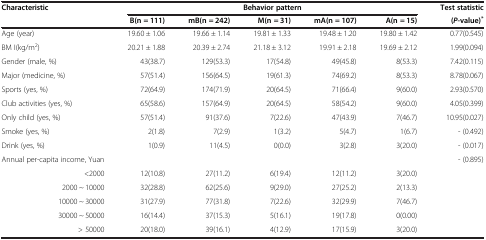
<table><thead><tr><td><b>Characteristic</b></td><td colspan="5"><b>Behavior pattern</b></td><td><b>Test statistic</b></td></tr><tr><td><b> </b></td><td><b>B(n = 111)</b></td><td><b>mB(n = 242)</b></td><td><b>M(n = 31)</b></td><td><b>mA(n = 107)</b></td><td><b>A(n = 15)</b></td><td><b>( <i>P </i>-value)<sup>*</sup></b></td></tr></thead><tbody><tr><td>Age (year)</td><td>19.60 ± 1.06</td><td>19.66 ± 1.14</td><td>19.81 ± 1.33</td><td>19.48 ± 1.20</td><td>19.80 ± 1.42</td><td>0.77(0.545)</td></tr><tr><td>BM I(kg/m<sup>2</sup>)</td><td>20.21 ± 1.88</td><td>20.39 ± 2.74</td><td>21.18 ± 3.12</td><td>19.91 ± 2.18</td><td>19.69 ± 2.12</td><td>1.99(0.094)</td></tr><tr><td>Gender (male, %)</td><td>43(38.7)</td><td>129(53.3)</td><td>17(54.8)</td><td>49(45.8)</td><td>8(53.3)</td><td>7.42(0.115)</td></tr><tr><td>Major (medicine, %)</td><td>57(51.4)</td><td>156(64.5)</td><td>19(61.3)</td><td>74(69.2)</td><td>8(53.3)</td><td>8.78(0.067)</td></tr><tr><td>Sports (yes, %)</td><td>72(64.9)</td><td>174(71.9)</td><td>20(64.5)</td><td>71(66.4)</td><td>9(60.0)</td><td>2.93(0.570)</td></tr><tr><td>Club activities (yes, %)</td><td>65(58.6)</td><td>157(64.9)</td><td>20(64.5)</td><td>58(54.2)</td><td>9(60.0)</td><td>4.05(0.399)</td></tr><tr><td>Only child (yes, %)</td><td>57(51.4)</td><td>91(37.6)</td><td>7(22.6)</td><td>47(43.9)</td><td>7(46.7)</td><td>10.95(0.027)</td></tr><tr><td>Smoke (yes, %)</td><td>2(1.8)</td><td>7(2.9)</td><td>1(3.2)</td><td>5(4.7)</td><td>1(6.7)</td><td>- (0.492)</td></tr><tr><td>Drink (yes, %)</td><td>1(0.9)</td><td>11(4.5)</td><td>0(0.0)</td><td>3(2.8)</td><td>3(20.0)</td><td>- (0.017)</td></tr><tr><td>Annual per-capita income, Yuan</td><td> </td><td> </td><td> </td><td> </td><td> </td><td>- (0.895)</td></tr><tr><td>&lt;2000</td><td>12(10.8)</td><td>27(11.2)</td><td>6(19.4)</td><td>12(11.2)</td><td>3(20.0)</td><td> </td></tr><tr><td>2000 ~ 10000</td><td>32(28.8)</td><td>62(25.6)</td><td>9(29.0)</td><td>27(25.2)</td><td>2(13.3)</td><td> </td></tr><tr><td>10000 ~ 30000</td><td>31(27.9)</td><td>77(31.8)</td><td>7(22.6)</td><td>32(29.9)</td><td>7(46.7)</td><td> </td></tr><tr><td>30000 ~ 50000</td><td>16(14.4)</td><td>37(15.3)</td><td>5(16.1)</td><td>19(17.8)</td><td>0(0.00)</td><td> </td></tr><tr><td>&gt; 50000</td><td>20(18.0)</td><td>39(16.1)</td><td>4(12.9)</td><td>17(15.9)</td><td>3(20.0)</td><td> </td></tr></tbody></table>